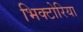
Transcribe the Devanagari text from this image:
भिक्टोरिया